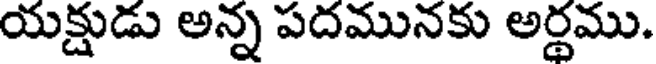
యక్షుడు అన్న పదమునకు అర్థము.